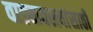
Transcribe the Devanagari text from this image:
वाड्यावस्त्यांसाठी